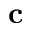
\mathbf { c }